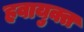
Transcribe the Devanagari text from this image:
हवायुक्त